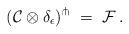
LaTeX: \begin{align*}(\mathcal{C}\otimes \delta_\epsilon)^\pitchfork\ =\ \mathcal{F}\,.\end{align*}